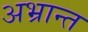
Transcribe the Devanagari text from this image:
अभ्रान्त